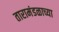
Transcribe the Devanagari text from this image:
तारामंडळाच्या